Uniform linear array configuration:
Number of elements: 32
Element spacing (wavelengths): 1
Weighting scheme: binomial
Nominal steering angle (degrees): -30
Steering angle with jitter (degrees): -31.621
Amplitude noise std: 0.05
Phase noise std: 0.05

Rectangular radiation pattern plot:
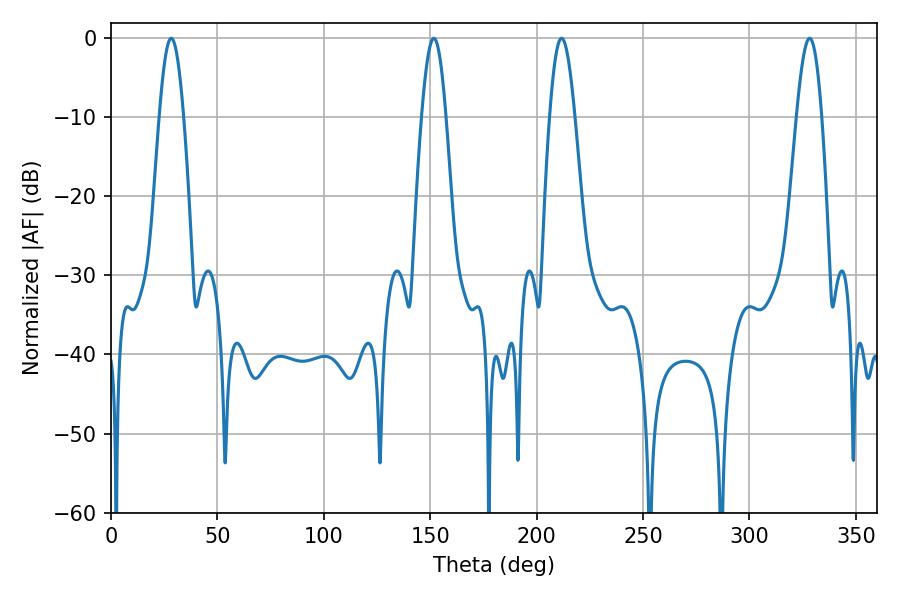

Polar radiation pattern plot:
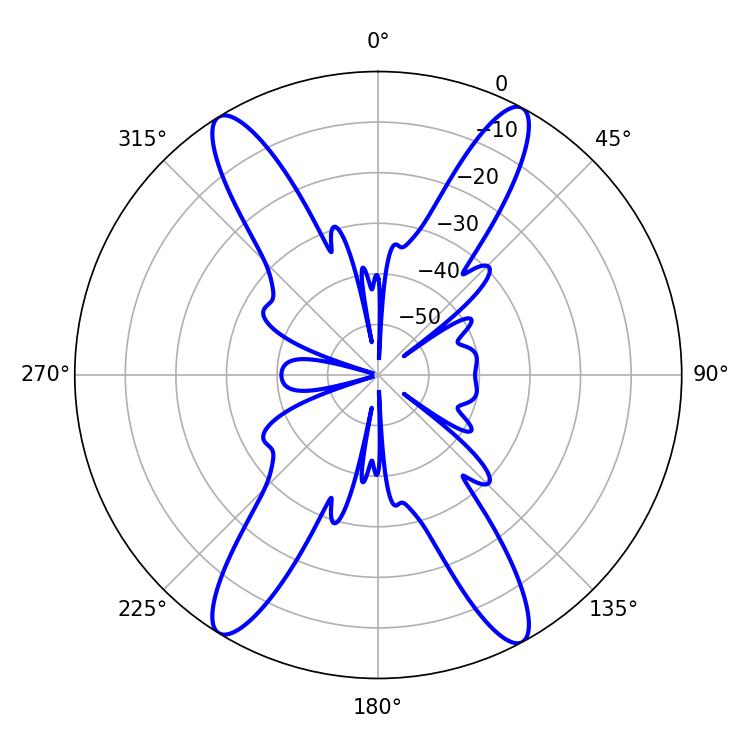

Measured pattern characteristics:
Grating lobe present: TRUE
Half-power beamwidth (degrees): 6.3
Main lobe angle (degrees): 211.68